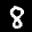
Digit: 8